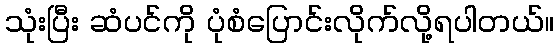
သုံးပြီး ဆံပင်ကို ပုံစံပြောင်းလိုက်လို့ရပါတယ်။